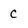
Character: C